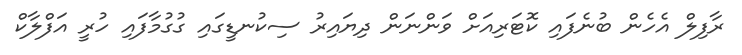
ރާފިލް އެހެން ބުނެފައި ކޮޓަރިއަށް ވަންނަން ދިޔައިރު ސިކުނޑީގައި ގުގުމާފައި ހުރީ އަފްލާކް